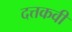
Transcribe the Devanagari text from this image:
दत्तकवी